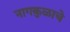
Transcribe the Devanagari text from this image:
नागकुळाचे